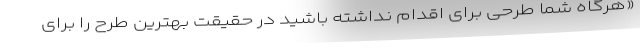
«هرگاه شما طرحی برای اقدام نداشته باشید در حقیقت بهترین طرح را برای